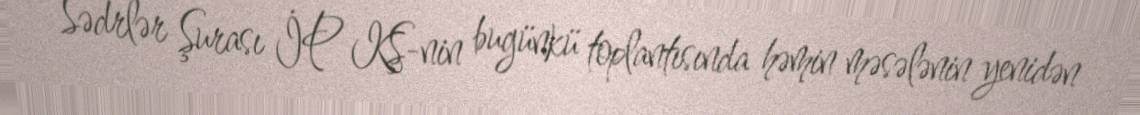
Sədrlər Şurası İP KŞ-nin bugünkü toplantısında həmin məsələnin yenidən